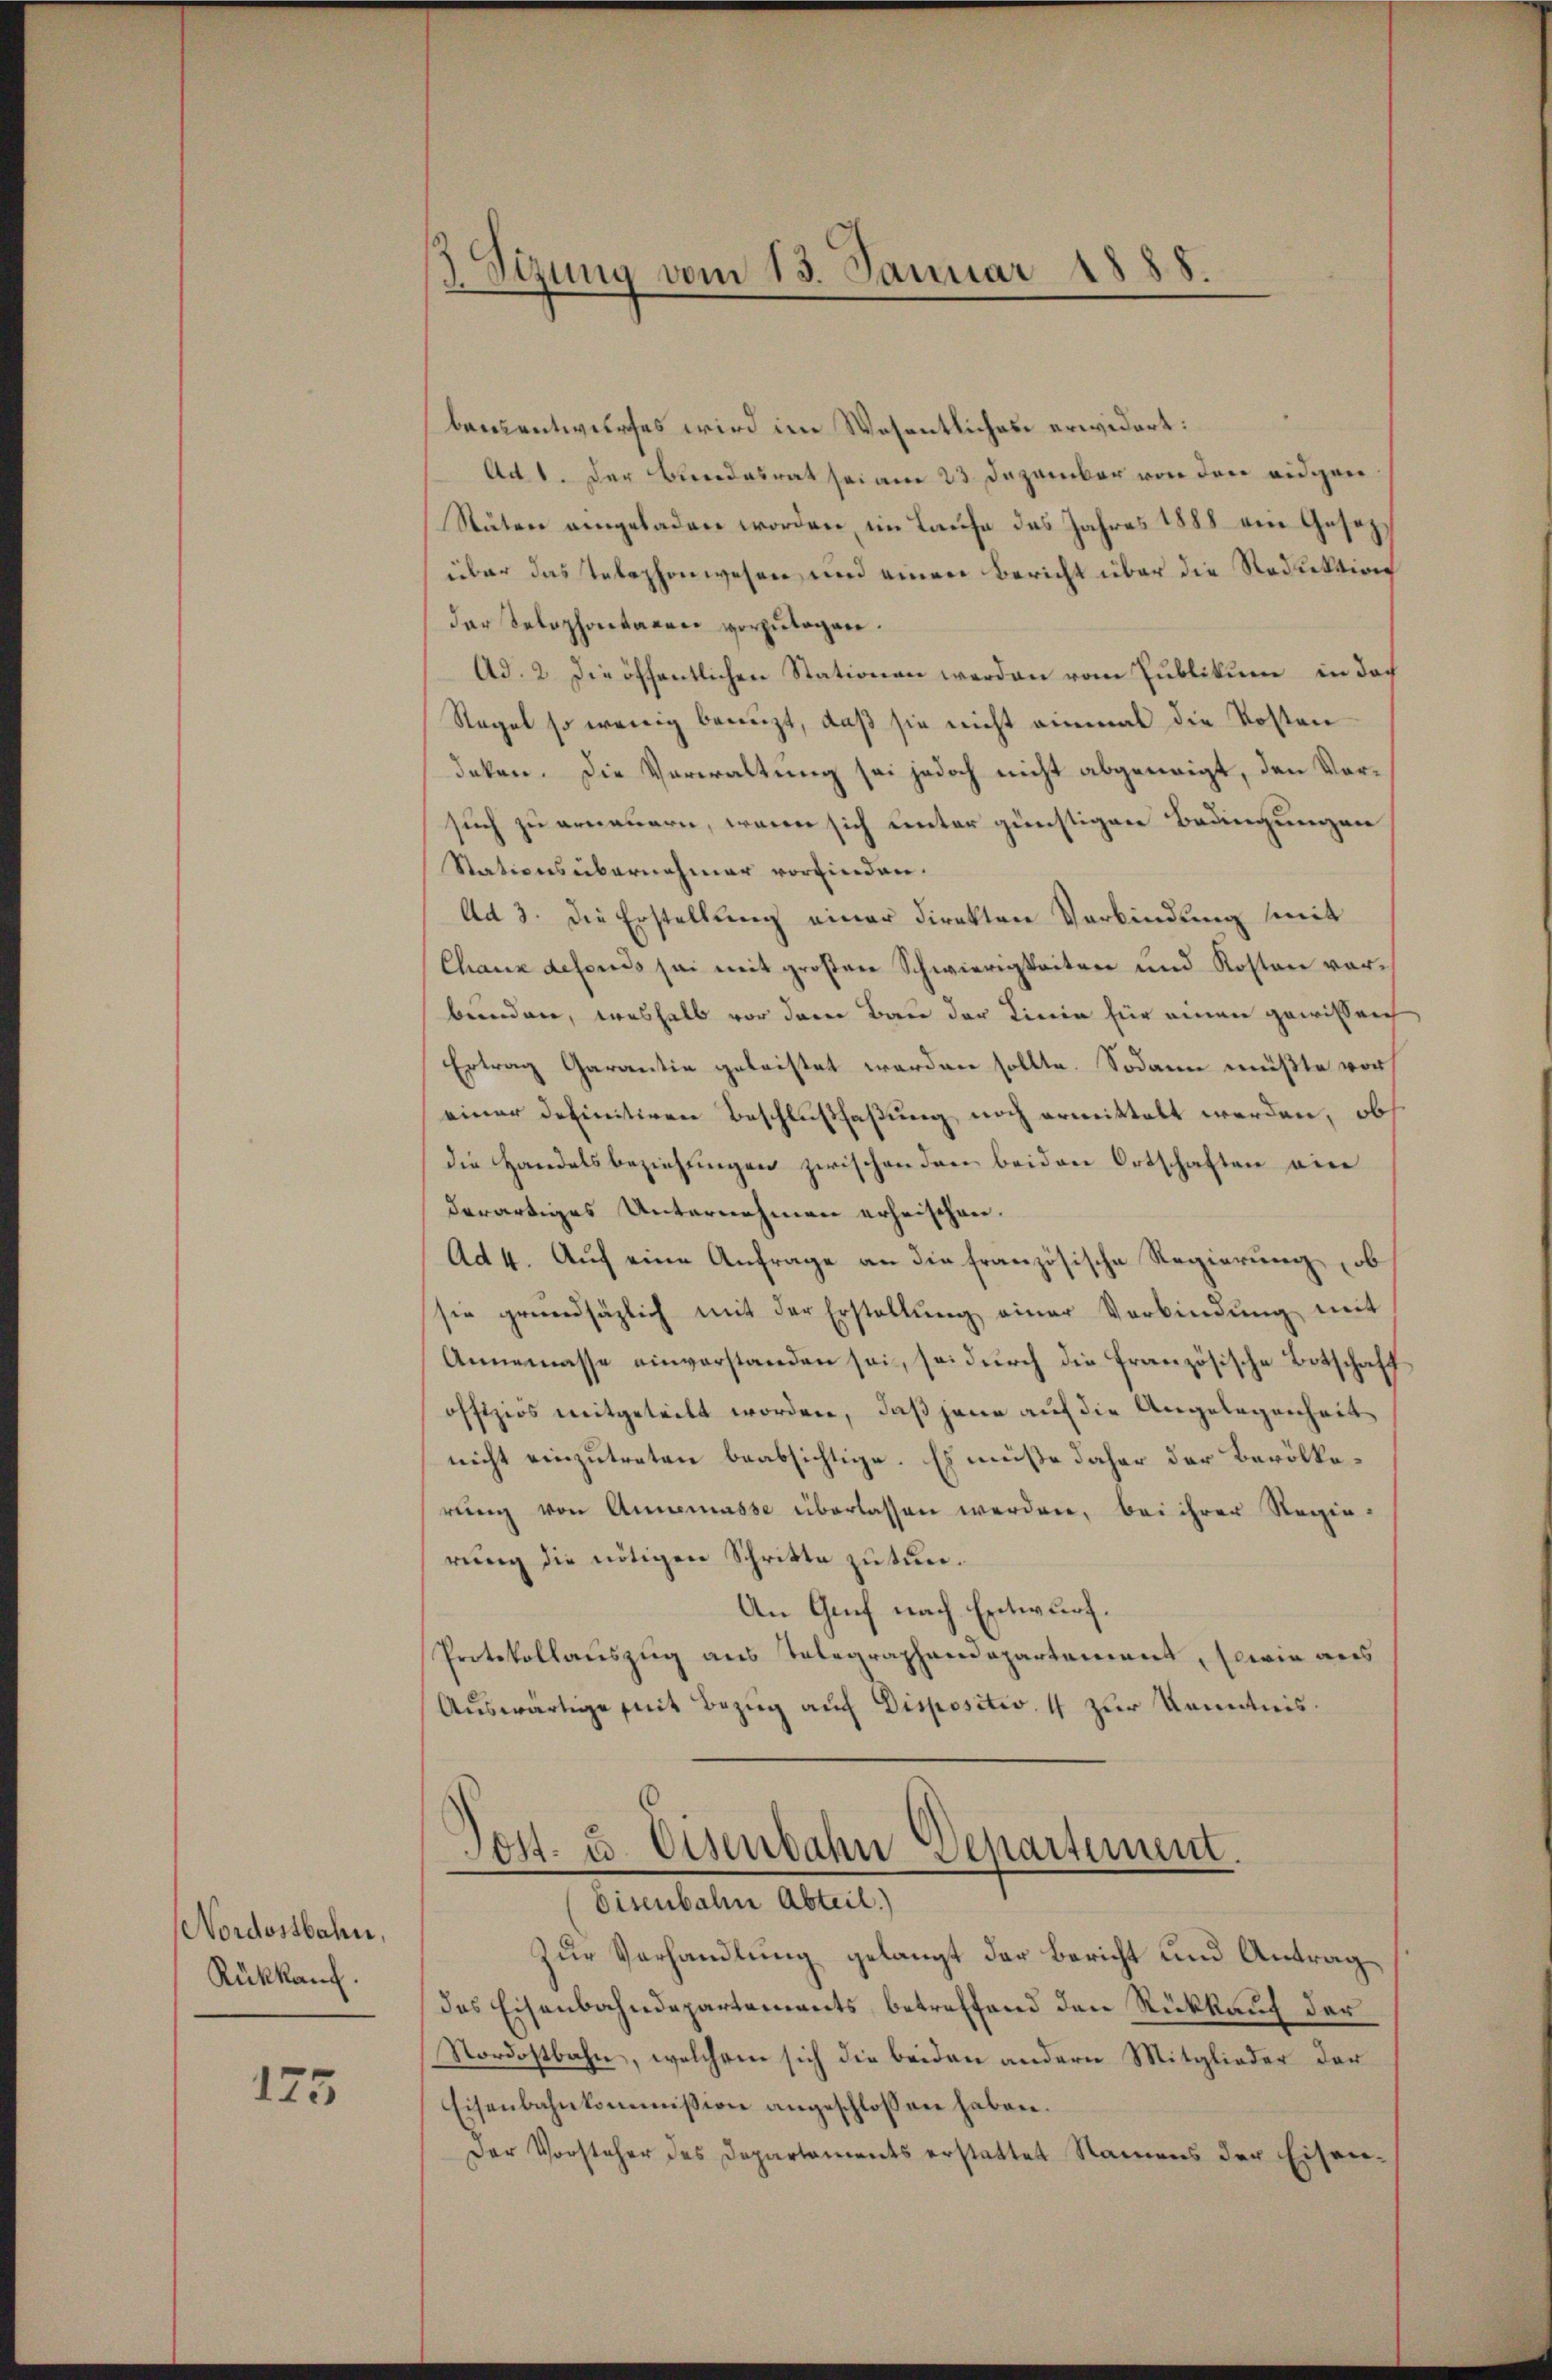
NNordostbahn,
Rückkauf.

175

ch
Ogung vom 13. Januar 1888.

benentwurfes wird im Wesentliches erwidert:
Ad 1. Der Bundesrat sei am 23. Dezember von den eidgen
Stuten angeladen worden, im Laufe das Jahres 1888 ein Gesezüber das Telephonwesen und einen Bericht über die Reduktion
der Selephontagen vorzŭlagen.
Ad. 2. Die öffentlichen Stationen werden vom Publikum in das
Regel so wenig benuzt, daß sie nicht einmal die Kostendeken. Die Verwaltung sei jedoch nicht abgeneigt, den Vorsuch zu erneuern, wenn sich unter günstigen Bedingungen
Stationsübernehmer vorfinden.
Ad 3. die Erstellung einer Direkten Verbindung mit
Chaux defonis sei mit großen Schwierigkeiten und Kosten vorbunden, weshalb vor dem Bau der Linie für einen gewissen
Ertrag Garantie geleistet werden sollte. Sodann müßte vor
einer definitiven Beschlußfaßung noch ermittelt werden, ob
die Handelsbeziehungen zwischenden beiden Ortschaften eine
derartiges Unternehmen erheischen.
Ad 4. Auf eine Anfrage an die französische Regierung, ob
sie grundsäzlich mit der Erstellŭng einer Verbindŭng mit
Annemasse einverstanden sei, sei durch die französische Botschaff
offiziös mitgeteilt worden, daß jene auf die Angelegenheit
nicht einzutreten beabsichtige. Es müße daher der Bevölkerŭng von Annemasse überlassen werden, bei ihrer Regie-
rŭng die nötigen Schritte zu tun¬
An Graf nach Entwurf.
Protokollauszug aus Telegraphendepartement, sowie aus
Auswärtige mit Bezug auf Dispositiv 4 zur Kenntnis.
l
ost- u. Eisenbahn Departement.
Eisenbale Abteil.)
Zur Verhandlung gelangt der Bericht und Antrag
des Eisenbahndepartements, betreffend den Rückkauf der
Nordostbahn, welchem sich die beiden andern Mitglieder der
Eisenbahnkommission angeschlossen haben.
Der Vorsteher des Departements erstattet Namens der Eisen-